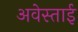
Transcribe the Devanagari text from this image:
अवेस्ताई